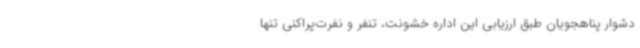
دشوار پناهجویان طبق ارزیابی این اداره خشونت، تنفر و نفرت‌پراکنی تنها